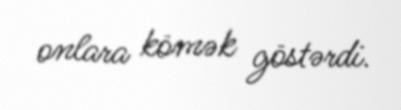
onlara kömək göstərdi.